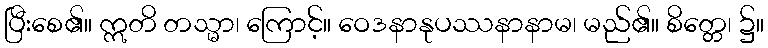
ပြီးစေ၏။ ဣတိ တသ္မာ၊ ကြောင့်။ ဝေဒနာနုပဿနာနာမ၊ မည်၏။ စိတ္တေ၊ ၌။